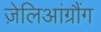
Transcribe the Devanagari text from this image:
ज़ेलिआंग्रौंग